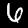
Label: 6